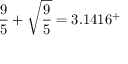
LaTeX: { \frac { 9 } { 5 } } + { \sqrt { \frac { 9 } { 5 } } } = 3 . 1 4 1 6 ^ { + }